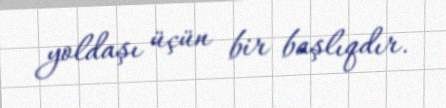
yoldaşı üçün bir başlıqdır.